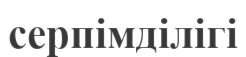
серпімділігі